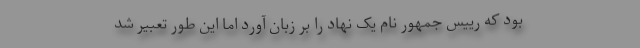
بود که رییس جمهور نام یک نهاد را بر زبان آورد اما این طور تعبیر شد